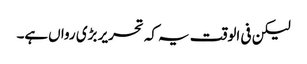
لیکن فی الوقت یہ کہ تحریر بڑی رواں‌ہے۔